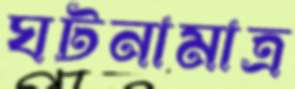
ঘটনামাত্র